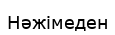
Нәжімеден